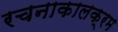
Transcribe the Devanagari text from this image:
रचनाकालक्रम